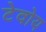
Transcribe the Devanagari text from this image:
टेवोय